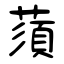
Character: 蕦